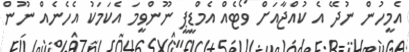
އެމީހުން ނުދޭ އެ ކުއްޖާއަށް ވޯޓެއް އެމްޑީޕީ ނޫންވީމަ އެކަމަކު އެހެނެއް ނޫން